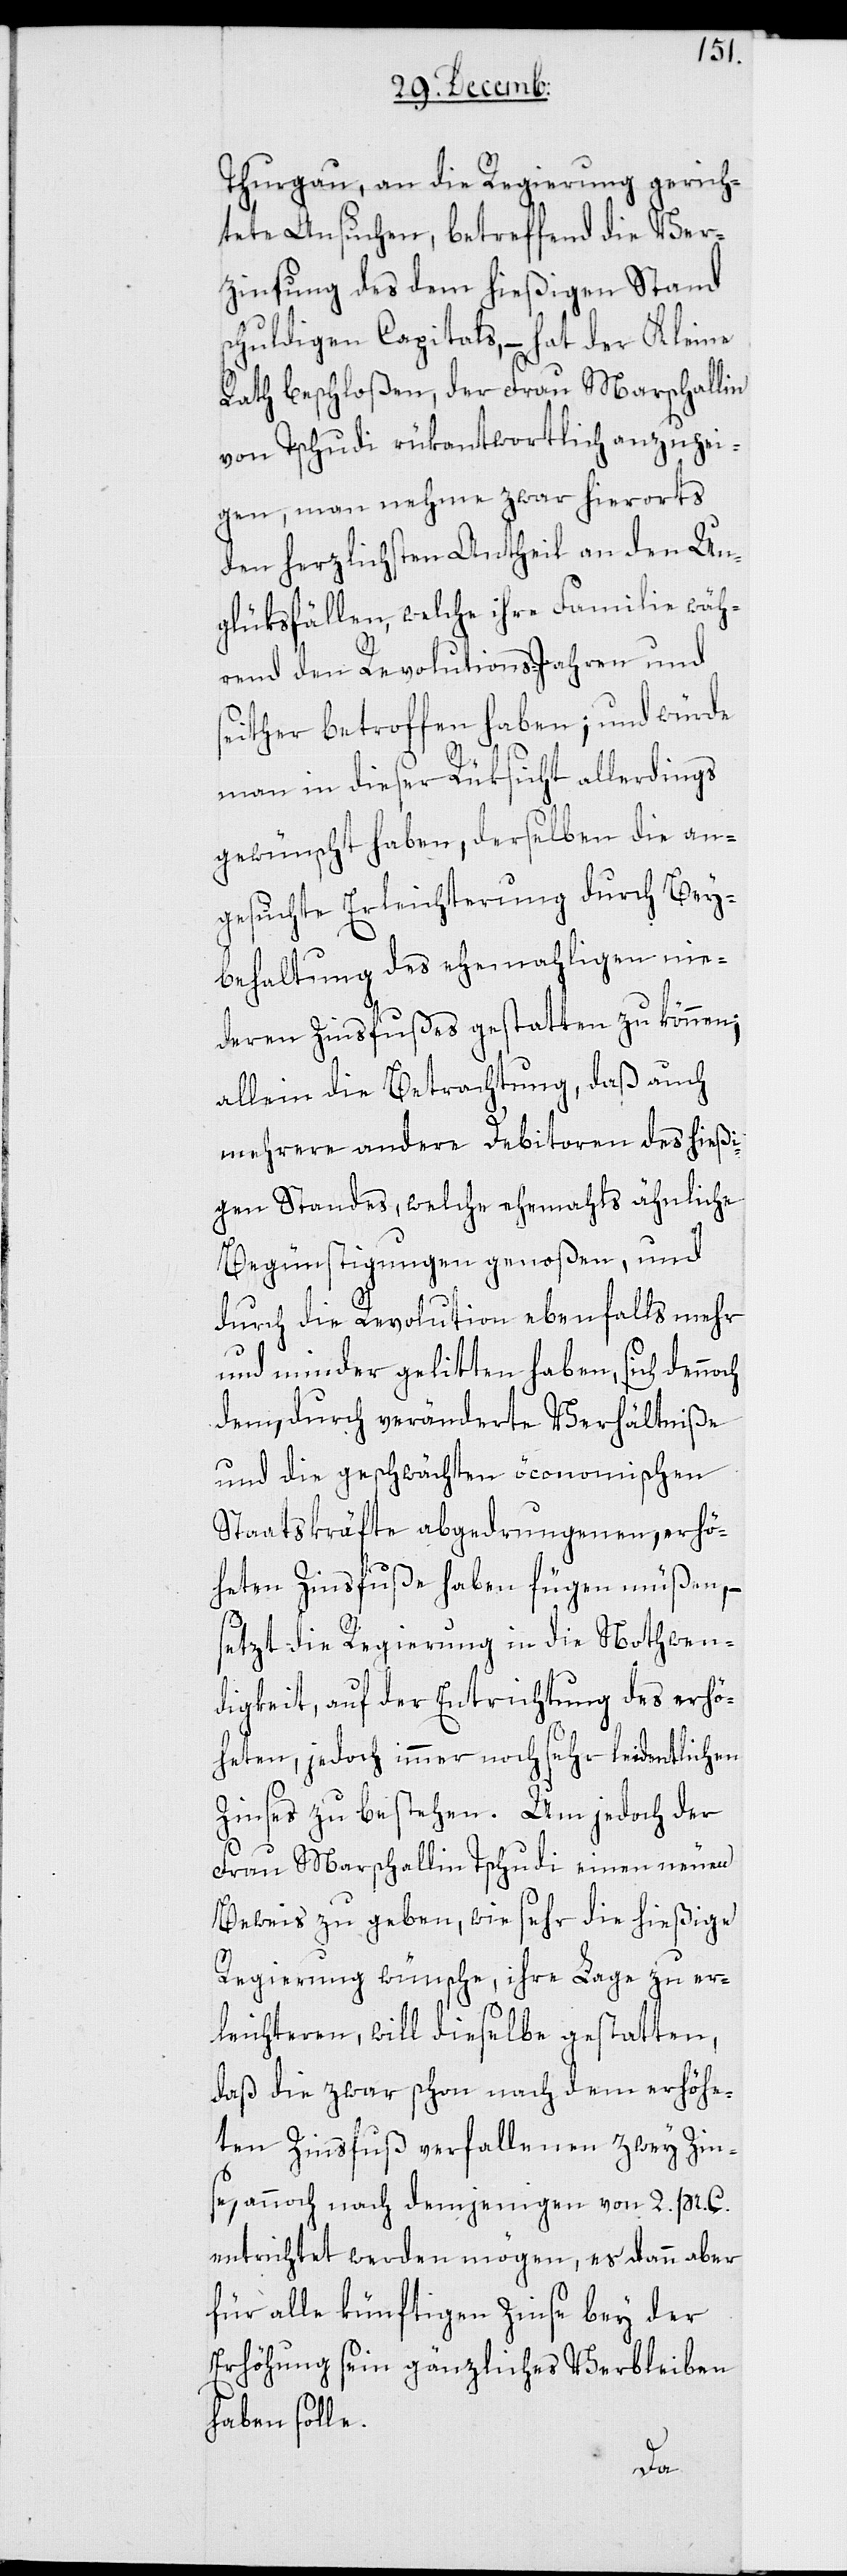
Thurgau, an die Regierung gerich¬
tete Ansuchen, betreffend die Ver¬
zinsung des dem hießigen Stand
schuldigen Capitals, – hat der Kleine
Rath beschloßen, der Frau Marschallin
von Tschudi rükantwortlich anzuzei¬
gen, man nehme zwar hierorts
den herzlichsten Antheil an den Un¬
glüksfällen, welche ihre Familie wäh¬
rend den Revolutions-Jahren und
seither betroffen haben; und würde
man in dieser Rüksicht allerdings
gewünscht haben, derselben die an¬
gesuchte Erleichterung durch Bey¬
behaltung des ehemahligen nie¬
deren Zinsfußes gestatten zu können;
allein die Betrachtung, daß auch
s¬
mehrere andere Debitoren des hießi¬
gen Standes, welche ehemahls ähnliche
Begünstigungen genoßen, und
durch die Revolution ebenfalls mehr
und minder gelitten haben, sich dennoch
dem, durch veränderte Verhältniße
und die geschwächten öconomischen
Staatskräfte abgedrungenen erhö¬
heten Zinsfuß haben fügen müßen, –
etzt die Regierung in die Nothwen¬
digkeit, auf der Entrichtung des erhö¬
heten, jedoch immer noch sehr leidentlichen
Zinses zu bestehen. Um jedoch der
Frau Marschallin Tschudi einen neuen
Beweis zu geben, wie sehr die hießige
Regierung wünsche, ihre Lage zu er¬
leichteren, will dieselbe gestatten,
daß die zwar schon nach dem erhöhe¬
ten Zinsfuß verfallenen zwey Zin¬
se, annoch nach demjenigen von 2 pr. C.
entrichtet werden mögen, es dann aber
für alle künftigen Zinse bey der
Erhöhung sein gänzliches Verbleiben
haben solle.